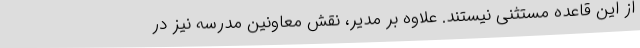
از این قاعده مستثنی نیستند. علاوه بر مدیر، نقش معاونین مدرسه نیز در